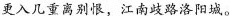
更入几重离别恨，江南歧路洛阳城。